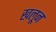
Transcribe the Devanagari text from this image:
खलून